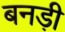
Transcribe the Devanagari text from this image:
बनड़ी